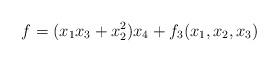
LaTeX: \begin{align*}f= (x_{1} x_{3}+x_{2}^2)x_{4} + f_3(x_{1}, x_{2}, x_{3}) \end{align*}